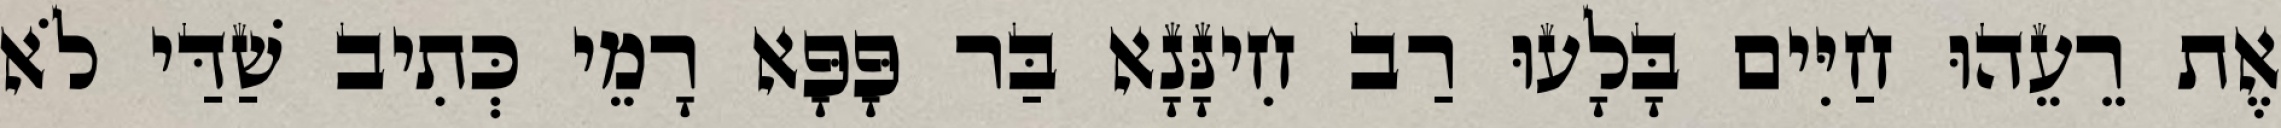
אֶת רֵעֵהוּ חַיִּים בָּלָעוּ רַב חִינָּנָא בַּר פָּפָּא רָמֵי כְּתִיב שַׁדַּי לֹא